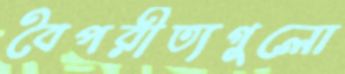
বৈপরীত্যগুলো